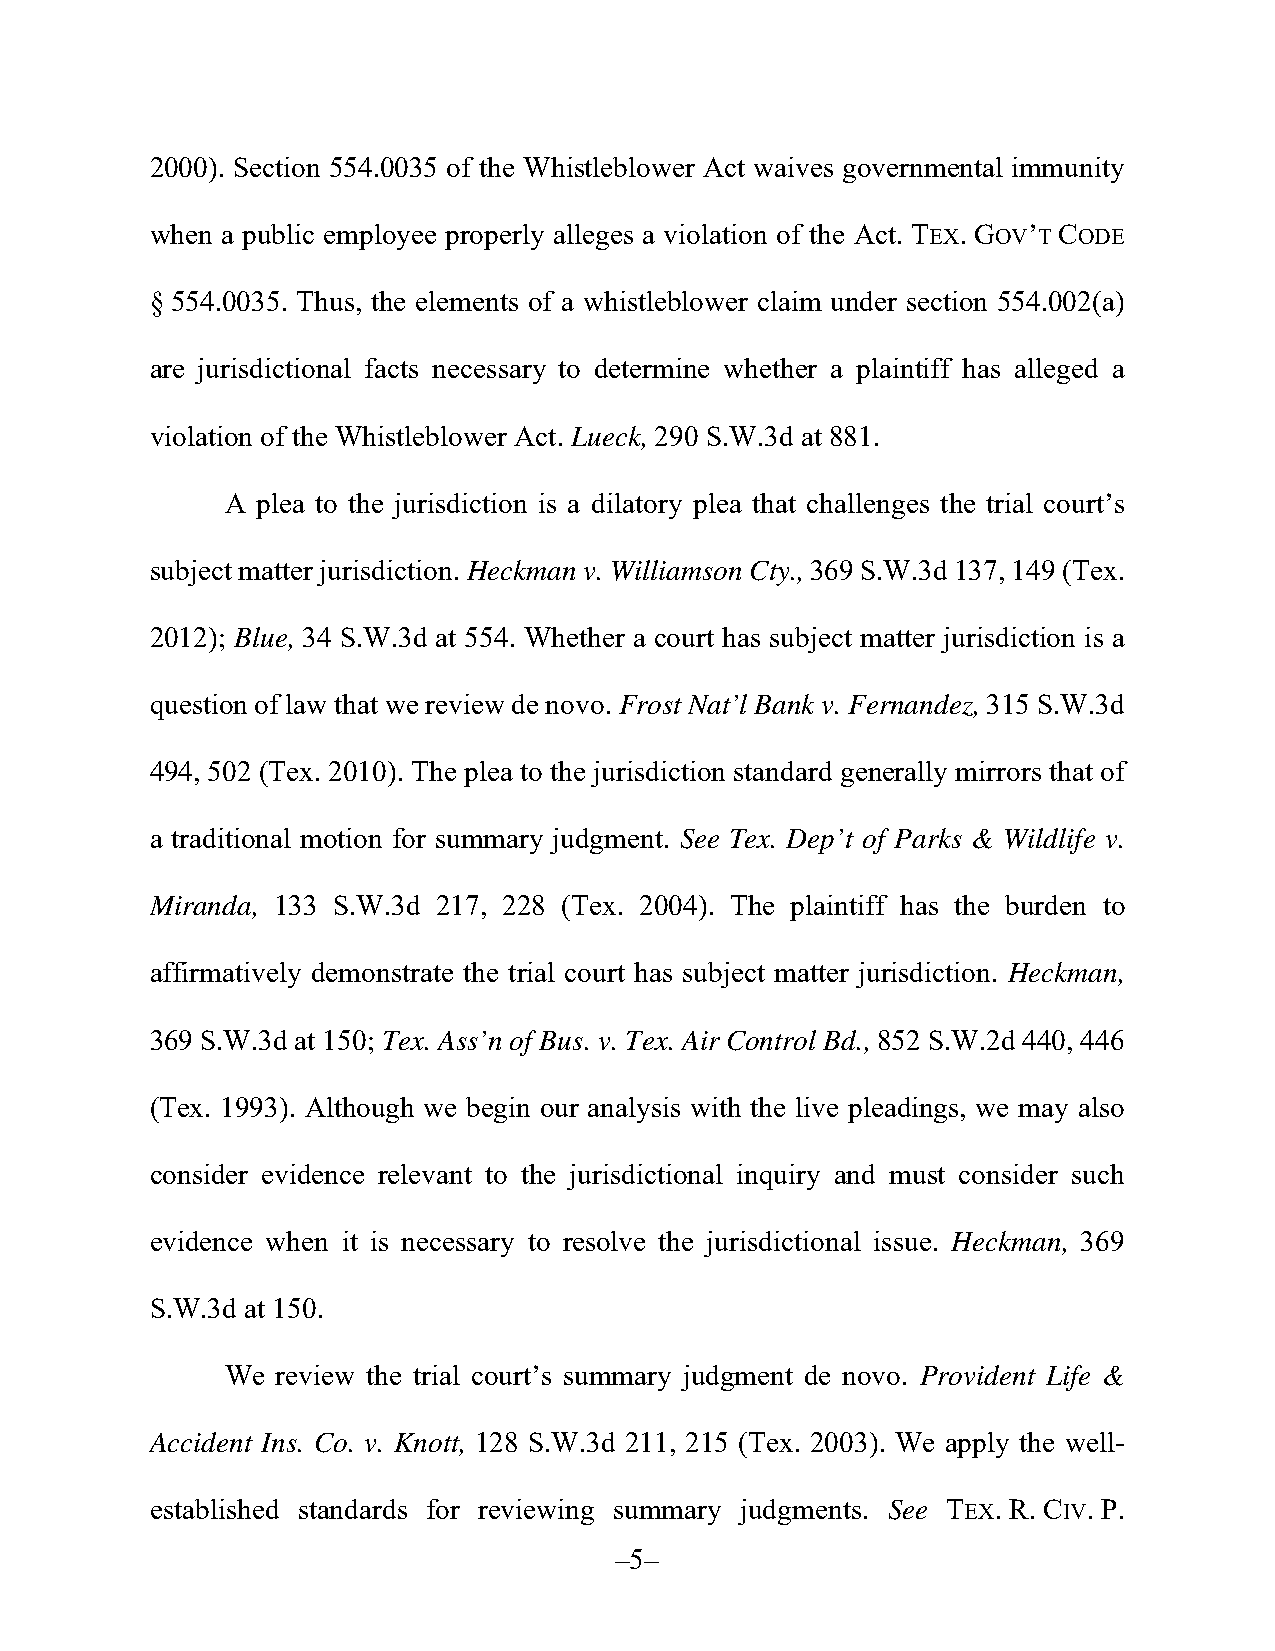
2000). Section 554.0035 of the Whistleblower Act waives governmental immunity
 when a public employee properly alleges a violation of the Act. TEX. GOV’T CODE
 § 554.0035. Thus, the elements of a whistleblower claim under section 554.002(a)
 are jurisdictional facts necessary to determine whether a plaintiff has alleged a
 violation of the Whistleblower Act. Lueck, 290 S.W.3d at 881.
 A plea to the jurisdiction is a dilatory plea that challenges the trial court’s
 subject matter jurisdiction. Heckman v. Williamson Cty., 369 S.W.3d 137, 149 (Tex.
 2012); Blue, 34 S.W.3d at 554. Whether a court has subject matter jurisdiction is a
 question of law that we review de novo. Frost Nat’l Bank v. Fernandez, 315 S.W.3d
 494, 502 (Tex. 2010). The plea to the jurisdiction standard generally mirrors that of
 a traditional motion for summary judgment. See Tex. Dep’t of Parks & Wildlife v.
 Miranda, 133 S.W.3d 217, 228 (Tex. 2004). The plaintiff has the burden to
 affirmatively demonstrate the trial court has subject matter jurisdiction. Heckman,
 369 S.W.3d at 150; Tex. Ass’n of Bus. v. Tex. Air Control Bd., 852 S.W.2d 440, 446
 (Tex. 1993). Although we begin our analysis with the live pleadings, we may also
 consider evidence relevant to the jurisdictional inquiry and must consider such
 evidence when it is necessary to resolve the jurisdictional issue. Heckman, 369
 S.W.3d at 150.
 We review the trial court’s summary judgment de novo. Provident Life &
 Accident Ins. Co. v. Knott, 128 S.W.3d 211, 215 (Tex. 2003). We apply the well-
 established standards for reviewing summary judgments. See TEX. R. CIV. P.
 –5–